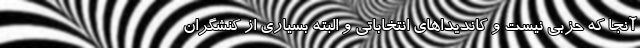
آنجا که حزبی نیست و کاندیداهای انتخاباتی و البته بسیاری از کنشگران